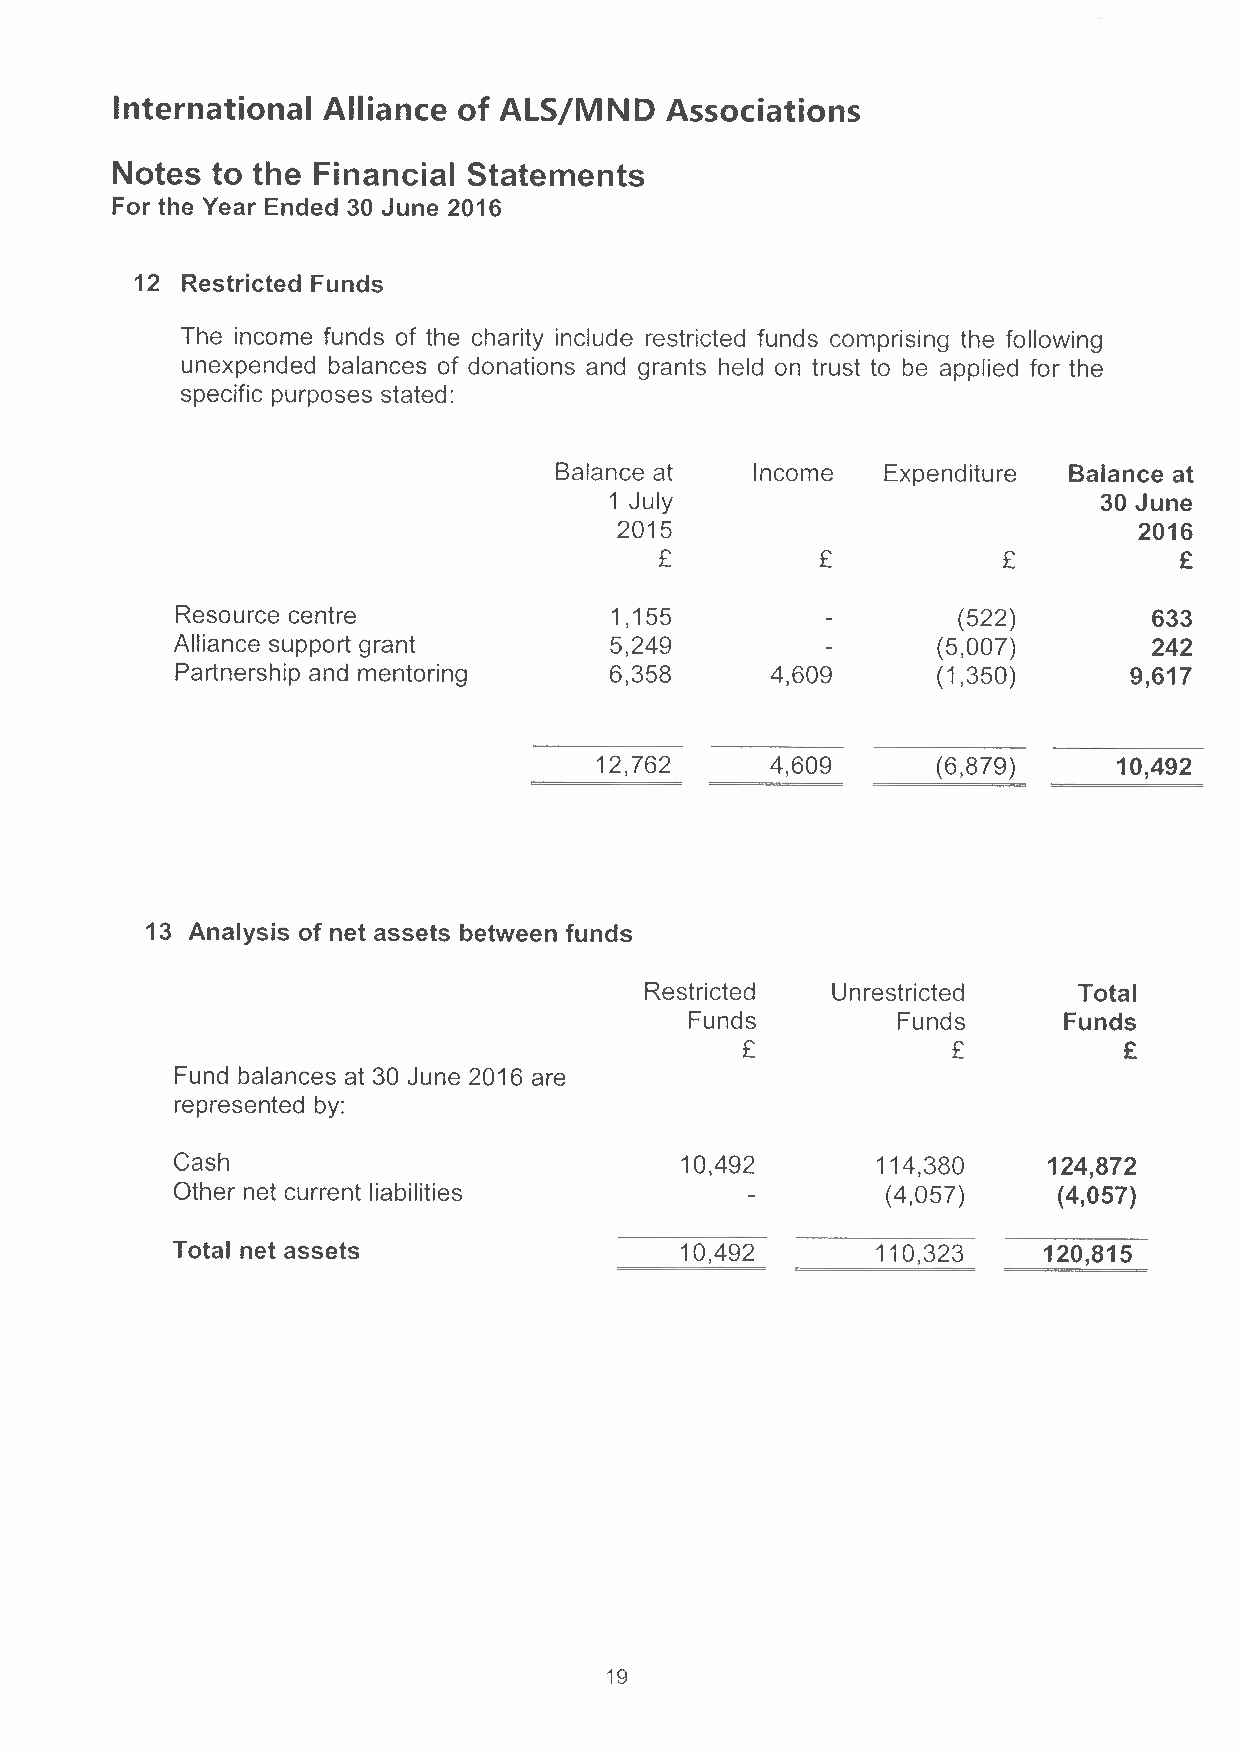
International Alliance of ALSjMND   Associations
 Notes  to the Financial Statements
 For the Year Ended 30 June 2016
 12 Restricted Funds
 The income funds of the charity include restricted funds comprising the following
 unexpended balances of donations and grants held on trust to be applied for the
 specific purposes stated:
 Balance at   Income  Expenditure  Balance at
 1 July                           30 June
 2015                              2016
 £         £           £           £
 Resource centre             1,155                  (522)        633
 Alliance support grant       5,249                 (5,007)       242
 Partnership and mentoring   6,358      4,609      (1,350)      9,617
 12,762      4,609      (6,879)     10,492
 13 Analysis of net assets between funds
 Restricted  U n restricted  Total
 Funds        Funds      Funds
 £             £          £
 Fund balances at 30 June 2016 are
 represented by:
 Cash                              10,492       114,380    124,872
 Other net current liabilities                   (4,057)    (4,057)
 Total net assets                  10,492       110,323    120,815
 19